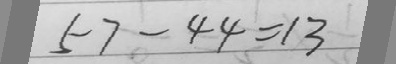
5 7 - 4 4 = 1 3